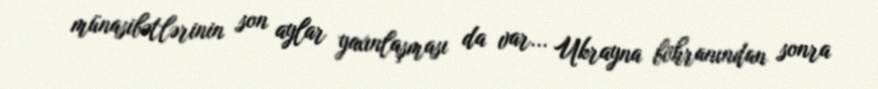
münasibətlərinin son aylar yaxınlaşması da var... Ukrayna böhranından sonra